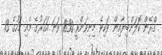
ގްރޭން ކޮލަންބިޔާއިން ވަކިވެ މިނިވަންވީ 1830 ވަނަ އަހަރުގެ މެއި މަހުގެ 13